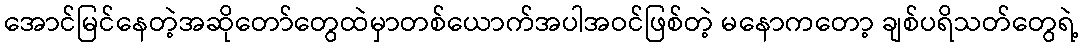
အောင်မြင်နေတဲ့အဆိုတော်တွေထဲမှာတစ်ယောက်အပါအဝင်ဖြစ်တဲ့ မနောကတော့ ချစ်ပရိသတ်တွေရဲ့